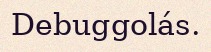
Debuggolás.